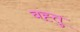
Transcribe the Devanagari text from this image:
बह्तु